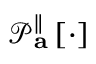
\mathcal { P } _ { \mathbf { a } } ^ { \parallel } \left[ \cdot \right]